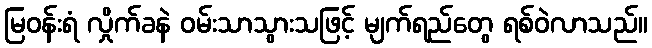
မြဝန်းရံ လှိုက်ခနဲ ဝမ်းသာသွားသဖြင့် မျက်ရည်တွေ ရစ်ဝဲလာသည်။